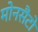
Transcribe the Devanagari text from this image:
मोनसैंटो